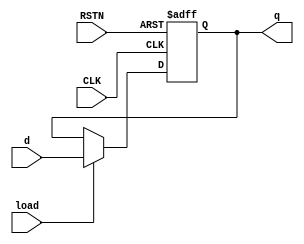
module reg16 (
  output reg [15:0] q,
  input [15:0] d,
  input load,
  input CLK,
  input RSTN
  );
  always @(posedge CLK or negedge RSTN)
  begin
    if (!RSTN) begin
      q <= 0;
    end
    else if (load) begin
      q <= d;
    end		
  end
endmodule